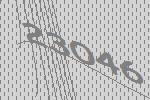
23046